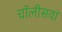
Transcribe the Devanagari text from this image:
चॉलीसवां